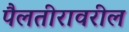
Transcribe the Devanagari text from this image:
पैलतीरावरील